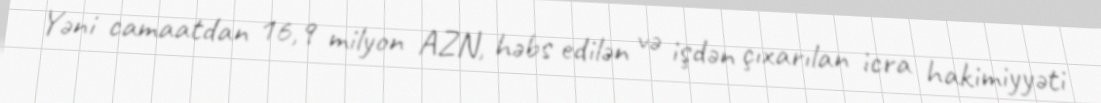
Yəni camaatdan 16,9 milyon AZN, həbs edilən və işdən çıxarılan icra hakimiyyəti